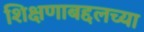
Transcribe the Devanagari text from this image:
शिक्षणाबद्दलच्या